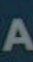
A